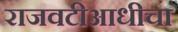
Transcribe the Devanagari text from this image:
राजवटीआधीचा